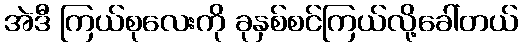
အဲဒီ ကြယ်စုလေးကို ခုနှစ်စင်ကြယ်လို့ခေါ်တယ်